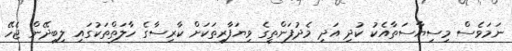
ނަމަވެސް މިސިޔާސަތާއެކު ކުދި އަދި މެދުފަންތީގެ ވިޔަފާރިތަކަށް ކާރިސާގެ ހާލަތްތަކުގައި ލިބިދޭން ޖެހޭ